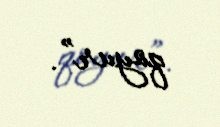
qoyur”.